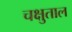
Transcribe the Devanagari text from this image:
चक्षुताल